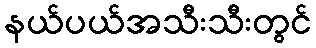
နယ်ပယ်အသီးသီးတွင်